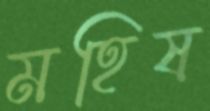
মহিষ